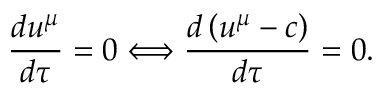
\frac { d u ^ { \mu } } { d \tau } = 0 \Longleftrightarrow \frac { d \left( u ^ { \mu } - c \right) } { d \tau } = 0 .